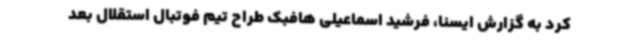
کرد به گزارش ایسنا، فرشید اسماعیلی هافبک طراح تیم فوتبال استقلال بعد